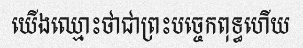
យើងឈ្មោះថាជាព្រះបច្ចេកពុទ្ធហើយ